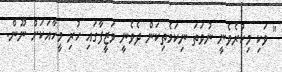
" ވަކި މިކުރެވެނީ ނުވަތަ ނިކަމެތިކަން ދެވެނީ ވަޒީފާގައި ހުރި މީހާއަކަށް ނޫން.